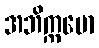
အဘိက္ကမော